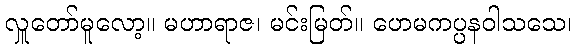
လှူတော်မူလော့။ မဟာရာဇ၊ မင်းမြတ်။ ဟေမကပ္ပနဝါသသေ၊